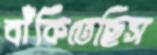
বাঁকিতেছিস